Vaccination report Assam 1896-1927 - 1896-1927
Year: 1896
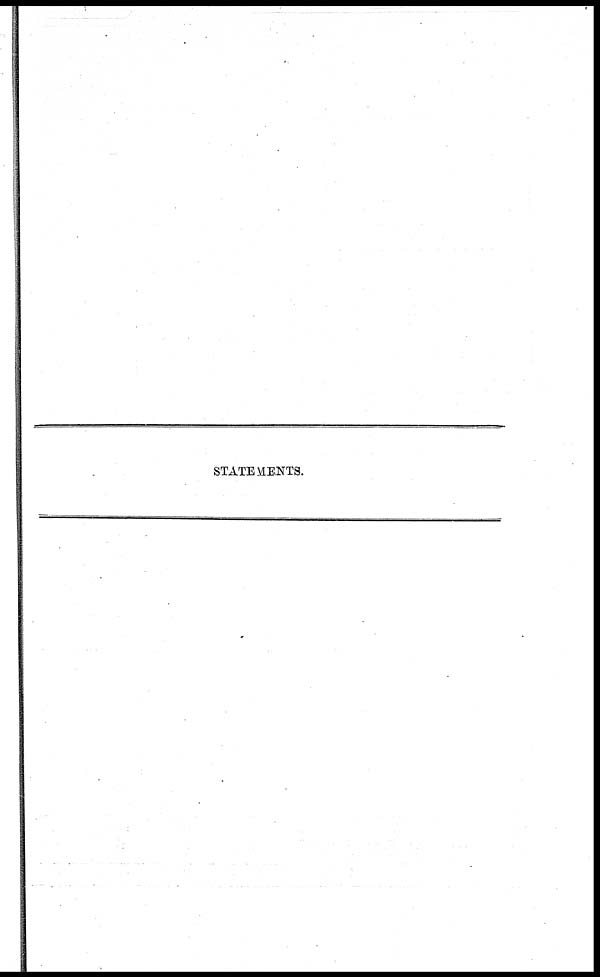
STATEMENTS.